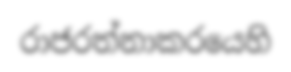
රාජරත්නාකරයෙහි